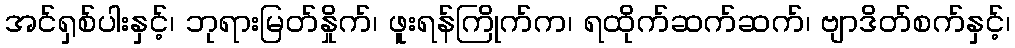
အင်ရှစ်ပါးနှင့်၊ ဘုရားမြတ်နှိုက်၊ ဖူးရန်ကြိုက်က၊ ရထိုက်ဆက်ဆက်၊ ဗျာဒိတ်စက်နှင့်၊